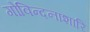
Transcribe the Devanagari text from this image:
गोविन्दनाशारि